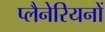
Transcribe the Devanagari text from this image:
प्लैनेरियनों